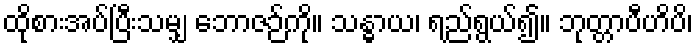
ထိုစားအပ်ပြီးသမျှ ဘောဇဉ်ကို။ သန္ဓာယ၊ ရည်ရွယ်၍။ ဘုတ္တာပီဟိပိ၊